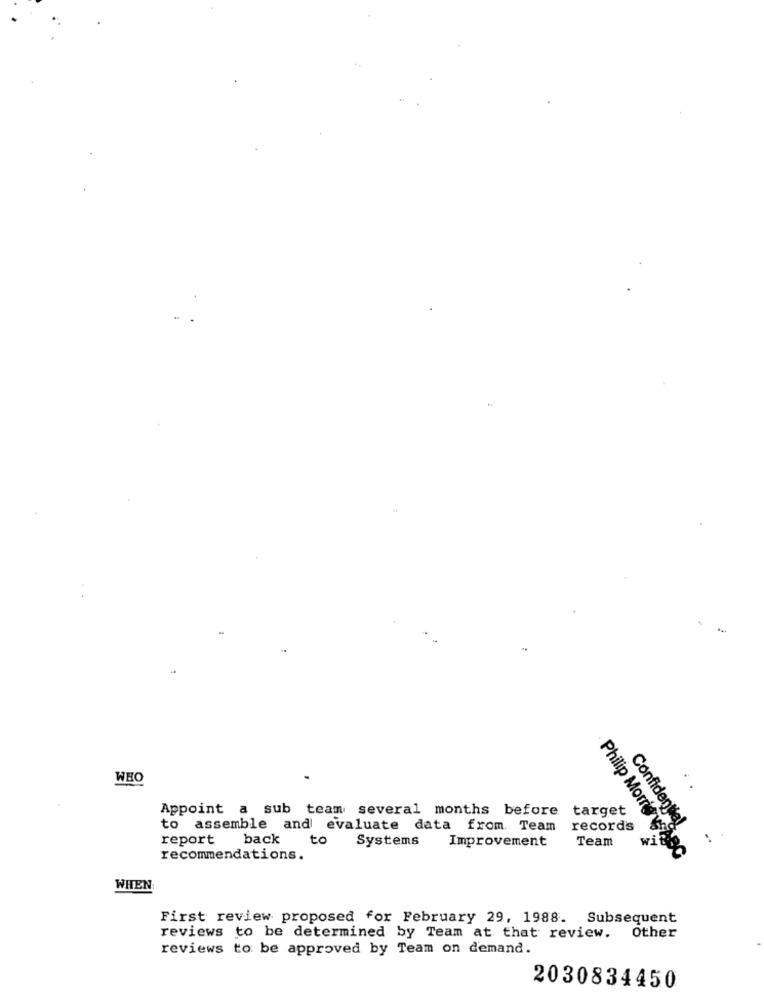
WHO
Appoint a sub team several months before target
to assemble and evaluate data from Team
records
report
back
to
Systems
Improvement
Team
Confidential
recommendations.
Philip Morris ig ABC
WHEN:
First review proposed for February 29, 1988. Subsequent
reviews to be determined by Team at that review. Other
reviews to be approved by Team on demand.
2030834450